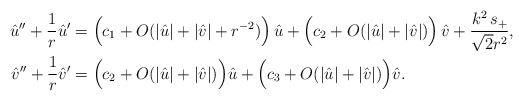
\begin{align*}\hat u'' + \frac{1}{r}\hat u'&= \Big(c_1 + O(|\hat u| + |\hat v| + r^{-2}) \Big)\,\hat u+ \Big(c_2 + O(|\hat u| + |\hat v|) \Big)\,\hat v + \frac{k^2\,s_+}{\sqrt{2}r^2},\\\hat v'' + \frac{1}{r}\hat v' &= \Big(c_2 + O(|\hat u| + |\hat v|) \Big)\hat u+ \Big(c_3 + O(|\hat u| + |\hat v|) \Big) \hat v.\end{align*}